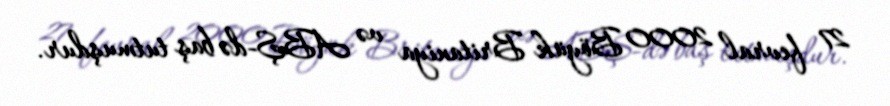
27 fevral 2000 Böyük Britaniya və ABŞ-də baş tutmuşdur.